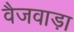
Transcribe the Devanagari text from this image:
वैजवाड़ा